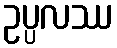
ဥပ္ပလဿ